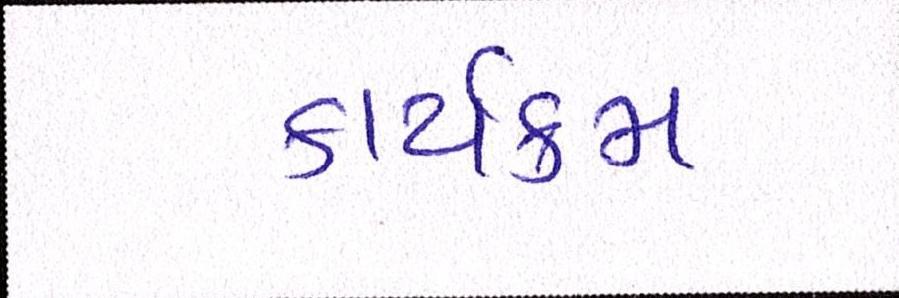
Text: કાર્યક્મ